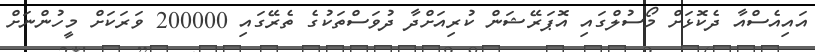
އައިއެސްއާ ދެކޮޅަށް މޯސުލްގައި އޮޕަރޭޝަން ކުރިއަށްދާ ދުވަސްތަކުގެ ތެރޭގައި 200000 ވަރަކަށް މީހުންނަށް